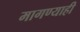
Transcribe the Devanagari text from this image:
मागण्याही